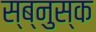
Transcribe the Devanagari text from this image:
स्ब्नुस्क